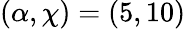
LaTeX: (\alpha,\chi)=(5,10)